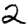
Digit: 2